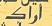
أراك